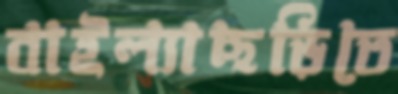
বাইল্যাছড়িতে